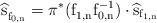
LaTeX: \begin{align*}\mathrm{\widehat{s}^{\phantom{-1}}_{f_{0,n}}=\pi^{*}(f_{1,n}^{\phantom{-1}}f_{0,n}^{-1})\cdot \widehat{s}_{f_{1,n}}}\end{align*}